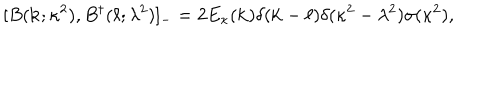
[ B ( { \bf k } ; \kappa ^ { 2 } ) , B ^ { \dagger } ( { \bf \ell } ; \lambda ^ { 2 } ) ] _ { - } = 2 E _ { \kappa } ( { \bf k } ) \delta ( { \bf k } - { \bf \ell } ) \delta ( \kappa ^ { 2 } - \lambda ^ { 2 } ) \sigma ( \kappa ^ { 2 } ) ,